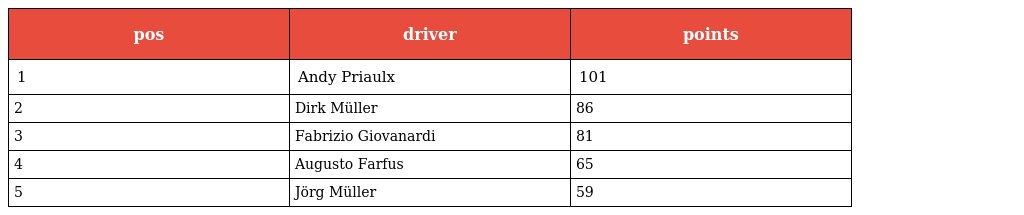
| pos | driver | points |
 | --- | --- | --- |
 | 1 | Andy Priaulx | 101 |
 | 2 | Dirk Müller | 86 |
 | 3 | Fabrizio Giovanardi | 81 |
 | 4 | Augusto Farfus | 65 |
 | 5 | Jörg Müller | 59 |